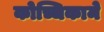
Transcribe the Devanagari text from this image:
कोच्चिकामे